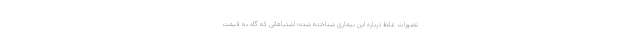
تصورات غلط درباره این بیماری شناخته شده؛ اشتباهاتی که گاه به قیمت